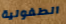
الطفولية